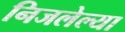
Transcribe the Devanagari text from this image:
निजलेल्या